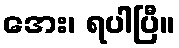
အေး၊ ရပါပြီ။